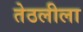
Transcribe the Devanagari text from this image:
तेठलीला